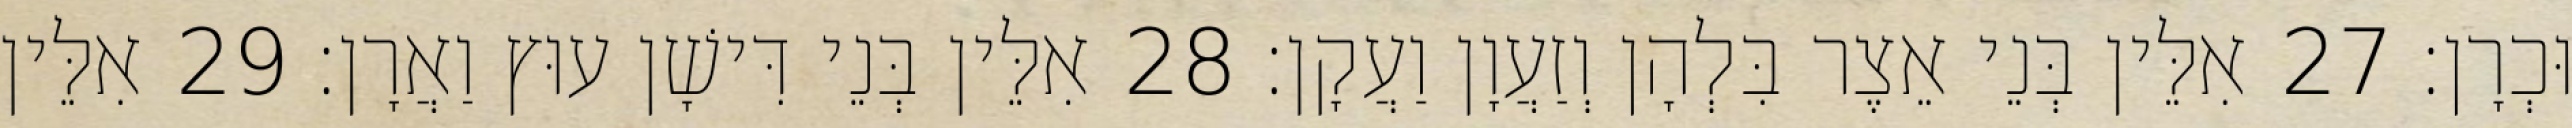
וּכְרָן׃ 27 אִלֵּין בְּנֵי אֵצֶר בִּלְהָן וְזַעֲוָן וַעֲקָן׃ 28 אִלֵּין בְּנֵי דִּישָׁן עוּץ וַאֲרָן׃ 29 אִלֵּין